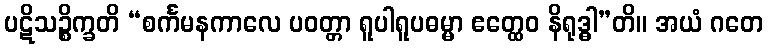
ပဋိသဉ္စိက္ခတိ “စင်္ကမနကာလေ ပဝတ္တာ ရူပါရူပဓမ္မာ ဧတ္ထေဝ နိရုဒ္ဓါ”တိ။ အယံ ဂတေ